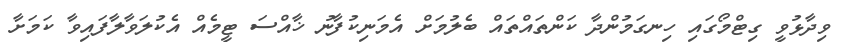
ވިދާޅުވީ ގިޓްމޯގައި ހިނގަމުންދާ ކަންތައްތައް ބެލުމަށް އެމަނިކުފާނު ޚާއްސަ ޓީމެއް އެކުލަވާލާފައިވާ ކަމަށާ